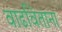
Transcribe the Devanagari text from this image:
वाढविताना